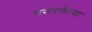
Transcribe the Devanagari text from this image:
पसरलेल्‍या